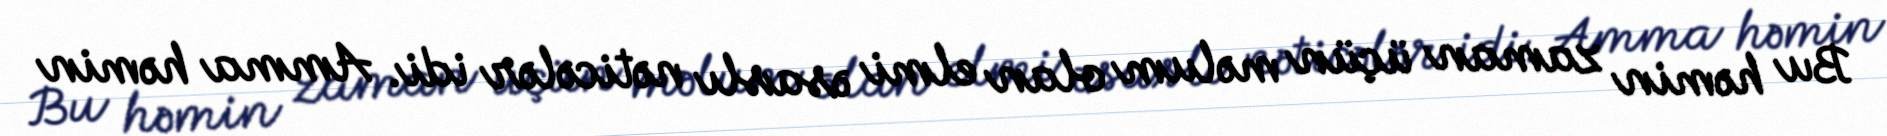
Bu həmin zaman üçün məlum olan elmi əsaslı nəticələr idi. Amma həmin